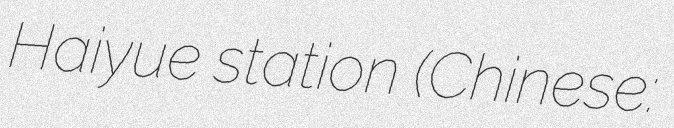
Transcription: Haiyue station (Chinese: